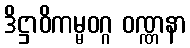
ဒိဋ္ဌာဝိကမ္မဝဂ္ဂ ဝဏ္ဏနာ